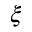
\xi